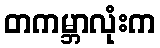
တကမ္ဘာလုံးက